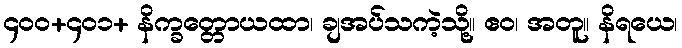
၄၀၀+၄၀၁+ နိက္ခတ္တောယထာ၊ ချအပ်သကဲ့သို့။ ဧဝ၊ အတူ။ နိရယေ၊